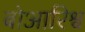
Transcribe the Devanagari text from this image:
बोआरिश्व